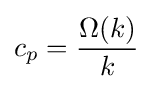
c_{p}={\frac {\Omega (k)}{k}}